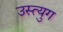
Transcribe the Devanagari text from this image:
उस्त्युग